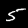
Label: 5